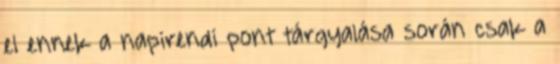
el ennek a napirendi pont tárgyalása során csak a